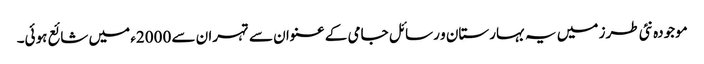
موجودہ نئی طرز میں یہ بہارستان و رسائل جامی کے عنوان سے تہران سے 2000ء میں شائع ہوئی۔